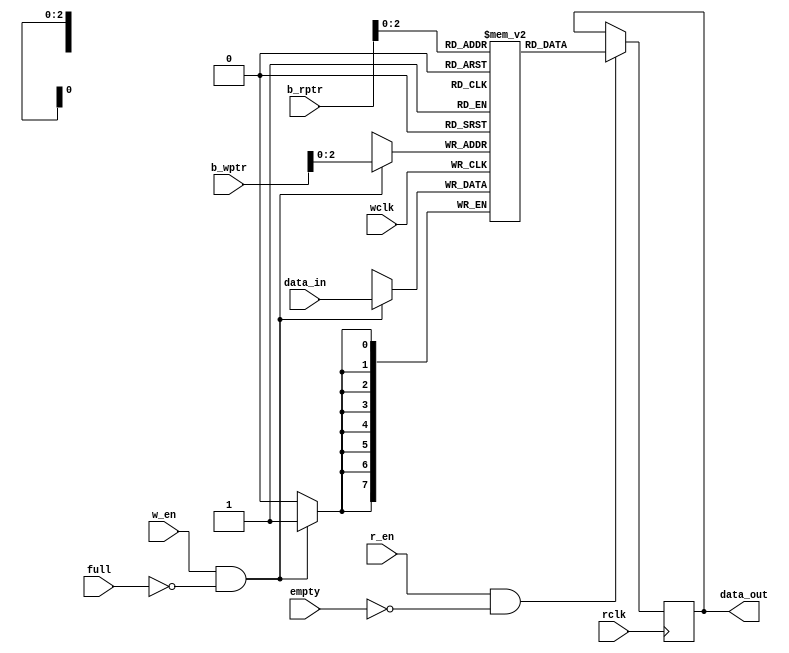
module fifo_mem #(parameter DEPTH=8, DATA_WIDTH=8, PTR_WIDTH=3) (
  input wire wclk, w_en, rclk, r_en,
  input wire [PTR_WIDTH:0] b_wptr, b_rptr,
  input wire [DATA_WIDTH-1:0] data_in,
  input wire full, empty,
  output reg [DATA_WIDTH-1:0] data_out
);

  reg [DATA_WIDTH-1:0] fifo [0:DEPTH-1];

  always @(posedge wclk) begin
    if (w_en & !full) begin
      fifo[b_wptr[PTR_WIDTH-1:0]] <= data_in;
    end
  end

  always @(posedge rclk) begin
    if (r_en & !empty) begin
      data_out <= fifo[b_rptr[PTR_WIDTH-1:0]];
    end
  end
endmodule